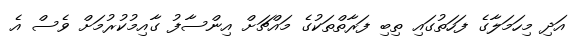
އަދި މިހަމަލާގެ ފަހަތުގައި ތިބި ފަރާތްތަކުގެ މައްޗަށް އިންސާފު ގާއިމުކުރުމަށް ވެސް އެ